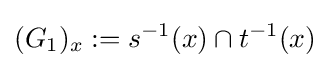
(G_{1})_{x}:=s^{-1}(x)\cap t^{-1}(x)